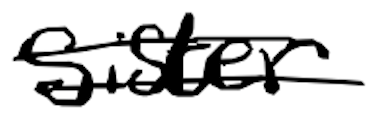
Text: sister
Cross-out: double-line
Writing tool: digital_black